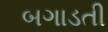
બગાડતી